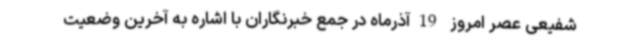
شفیعی عصر امروز 19آذرماه در جمع خبرنگاران با اشاره به آخرین وضعیت